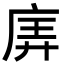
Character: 㢅